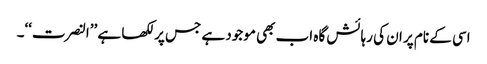
اسی کے نام پر ان کی رہائش گاہ اب بھی موجود ہے جس پر لکھا ہے ’’النصرت‘‘۔